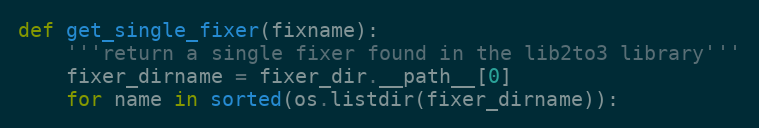
Language: Python
def get_single_fixer(fixname):
    '''return a single fixer found in the lib2to3 library'''
    fixer_dirname = fixer_dir.__path__[0]
    for name in sorted(os.listdir(fixer_dirname)):